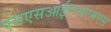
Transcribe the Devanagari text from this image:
एसएसआईएचएमएस